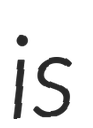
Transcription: is